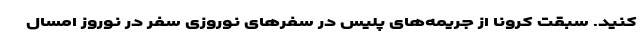
کنید. سبقت کرونا از جریمه‌های پلیس در سفرهای نوروزی سفر در نوروز امسال